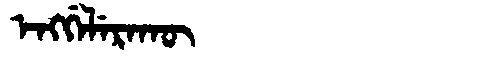
Manchu: ᡝᠩᡤᡝᠯᡝᡵᠠᡴᡡ
Romanization: ENGGELERAKŪ